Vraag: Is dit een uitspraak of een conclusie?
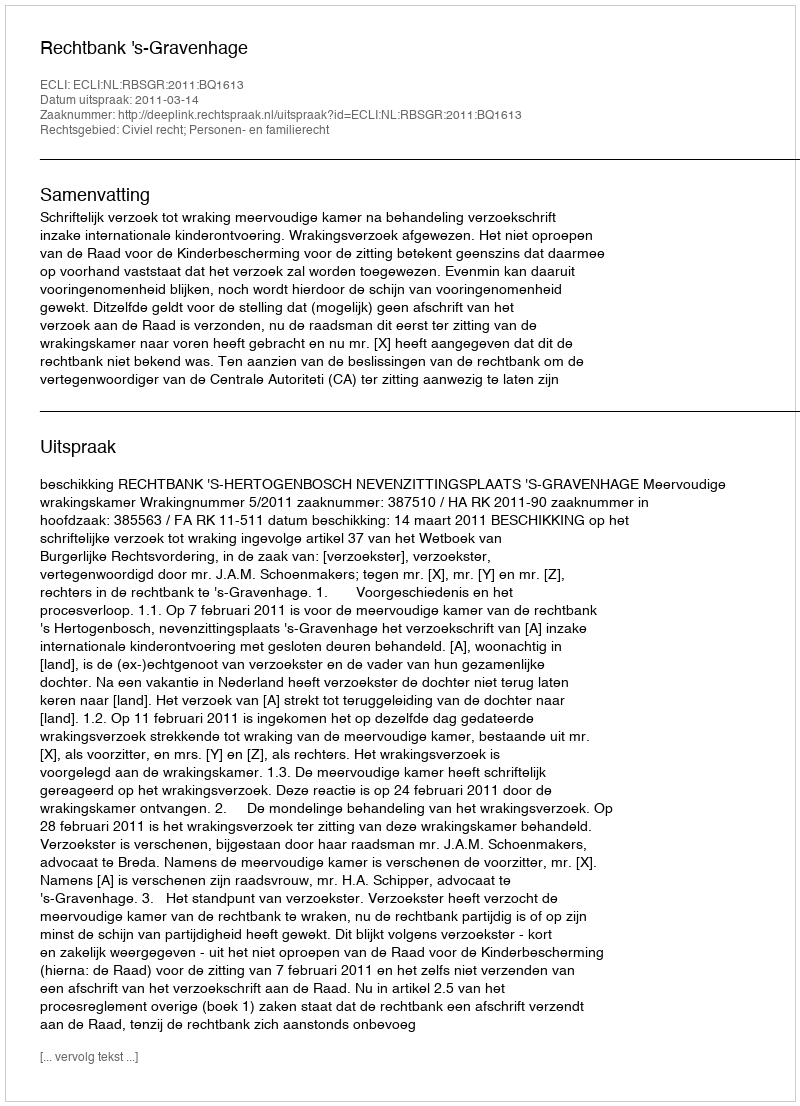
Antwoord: Uitspraak